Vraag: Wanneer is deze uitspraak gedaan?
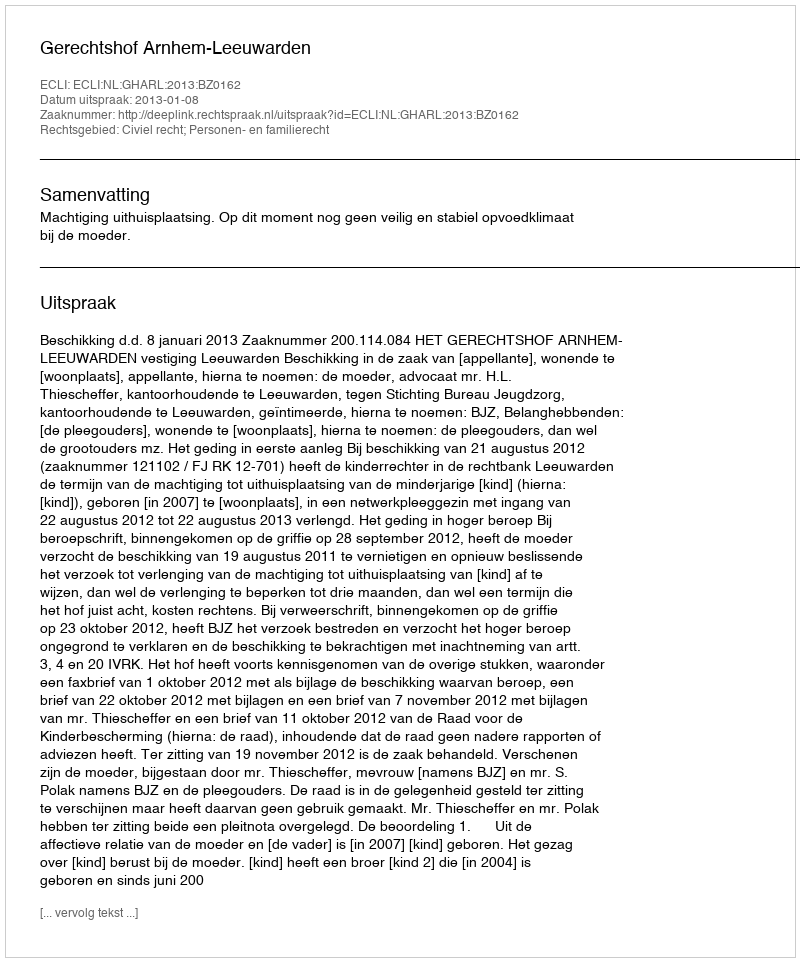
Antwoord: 2013-01-08